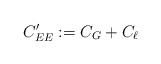
LaTeX: \begin{align*}C_{EE}':=C_G+C_\ell\end{align*}